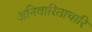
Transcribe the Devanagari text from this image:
अनिवारिताचारि